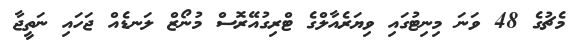
މެެޗުގެ 48 ވަނަ މިނިޓުގައި ވިޔަރެއާލްގެ ޓްރިގުއޭރޮސް މުނޯޒް ލަނޑެއް ޖަހައި ނަތީޖާ